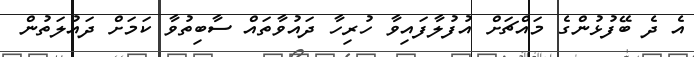
އެ ދެ ބޭފުޅުންގެ މައްޗަށް އުފުލާފައިވާ ހުރިހާ ދައުވާތައް ސާބިތުވާ ކަމަށް ދައުލަތުން